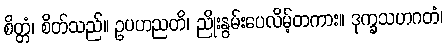
စိတ္တံ၊ စိတ်သည်။ ဥပဟညတိ၊ ညိုးနွမ်းပေလိမ့်တကား။ ဒုက္ခသဟဂတံ၊